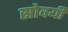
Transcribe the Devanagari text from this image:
सोवयी